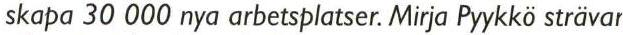
skapa 30 000 nya arbetsplatser. Mirja Pyykkö strävar